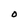
Character: O